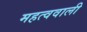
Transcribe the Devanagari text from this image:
महत्ववाली